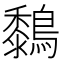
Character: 𪆜